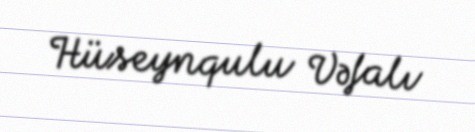
Hüseynqulu Vəfalı